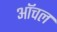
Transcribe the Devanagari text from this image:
ऑचल